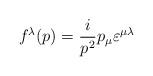
LaTeX: \begin{align*}f^{\lambda}(p) = \frac{i}{p^2}p_{\mu}\varepsilon^{\mu \lambda}\end{align*}